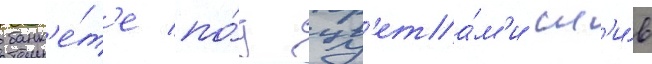
банк'е́т'е по́д цв'ета́м'и сл'и́в